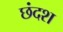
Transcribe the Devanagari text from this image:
छंदश